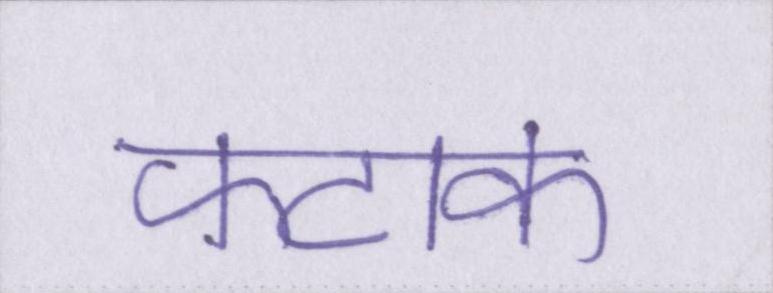
फटाक